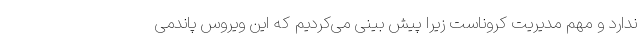
ندارد و مهم مدیریت کروناست زیرا پیش بینی می‌کردیم که این ویروس پاندمی